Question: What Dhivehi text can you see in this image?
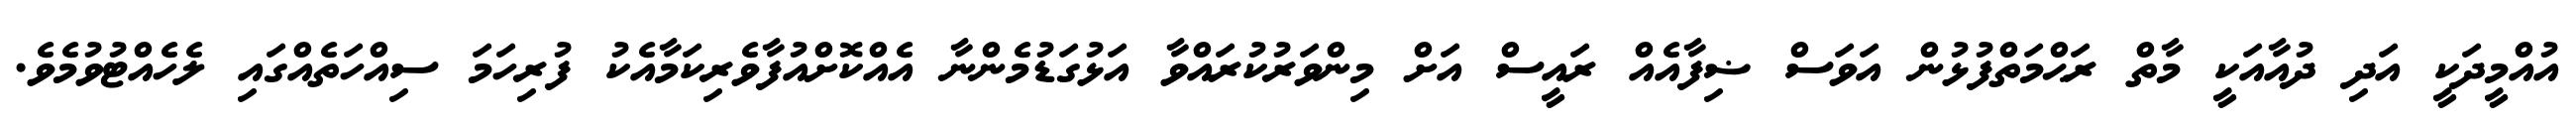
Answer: އުއްމީދަކީ އަދި ދުއާއަކީ މާތް ރަޙްމަތްފުޅުން އަވަސް ޟިފާއެއް ރައީސް އަށް މިންވަރުކުރައްވާ އަޅުގަޑުމެންނާ އެއްކޮށްއުފާވެރިކަމާއެކު ފުރިހަމަ ސިއްހަތެއްގައި ލެހެއްޓުވުމެވެ.